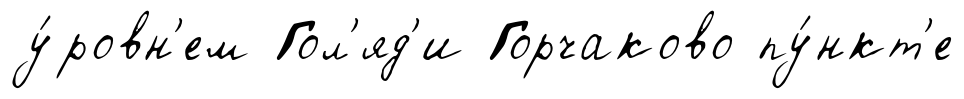
у́ровн'ем Гол'яд'и Горчаково пу́нкт'е